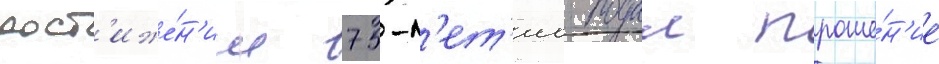
дост'иже́н'ии 75-л'ет'иа подал проше́н'ие